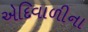
એદિવાળીના